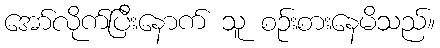
အော်လိုက်ပြီးနောက် သူ စဉ်းစားနေမိသည်။